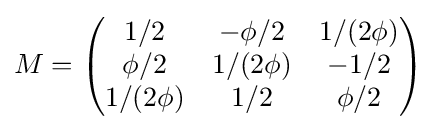
M={\begin{pmatrix}1/2&-\phi /2&1/(2\phi )\\\phi /2&1/(2\phi )&-1/2\\1/(2\phi )&1/2&\phi /2\end{pmatrix}}